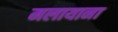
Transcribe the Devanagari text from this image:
मलायाना